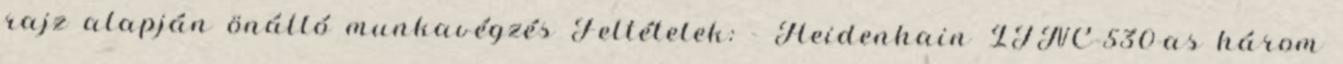
rajz alapján önálló munkavégzés Feltételek: - Heidenhain ITNC-530-as három